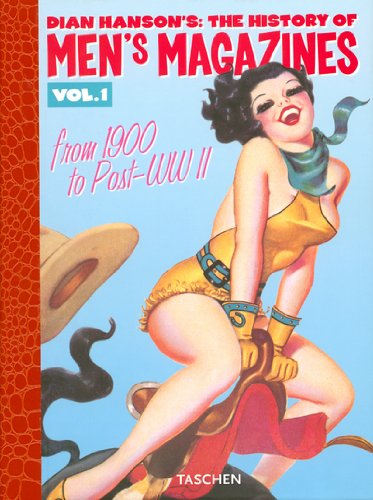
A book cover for History of Men's Magazines, Vol. 1 (Dian Hanson's The History of Men's Magazines); Arts & Photography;